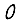
Digit: 0